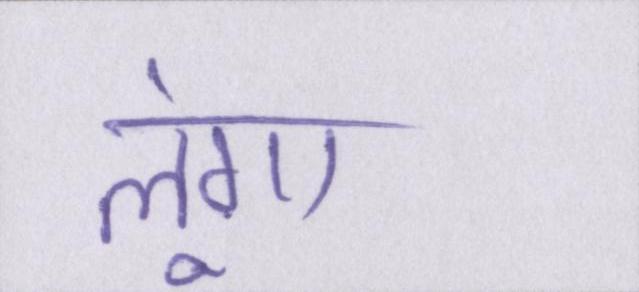
लूंगा।